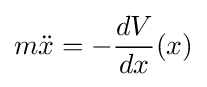
m{\ddot {x}}=-{\frac {dV}{dx}}(x)